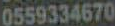
0559334670